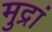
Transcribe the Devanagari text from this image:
मुद्रां